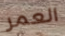
العمر